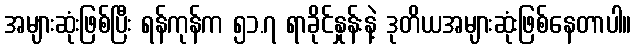
အများဆုံးဖြစ်ပြီး ရန်ကုန်က ၅၁.၇ ရာခိုင်နှုန်းနဲ့ ဒုတိယအများဆုံးဖြစ်နေတာပါ။